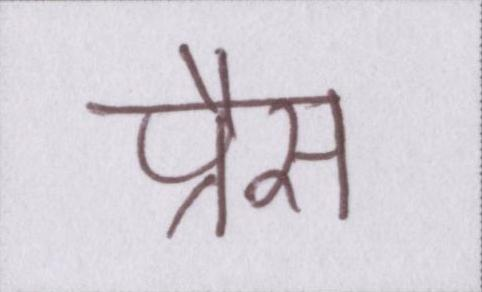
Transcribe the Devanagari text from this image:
प्रैस